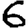
Digit: 6